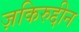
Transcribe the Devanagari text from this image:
ज़किरुद्दीन